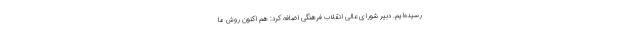
رسیده‌ایم. دبیر شورای عالی انقلاب فرهنگی اضافه کرد: هم اکنون روش ما